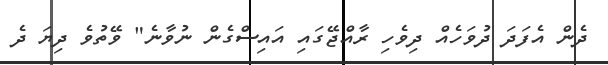
ދެން އެފަދަ ދުވަހެއް ދިވެހި ރާއްޖޭގައި އައިސްގެން ނުވާނެ" ވޭތުވެ ދިޔަ ދެ